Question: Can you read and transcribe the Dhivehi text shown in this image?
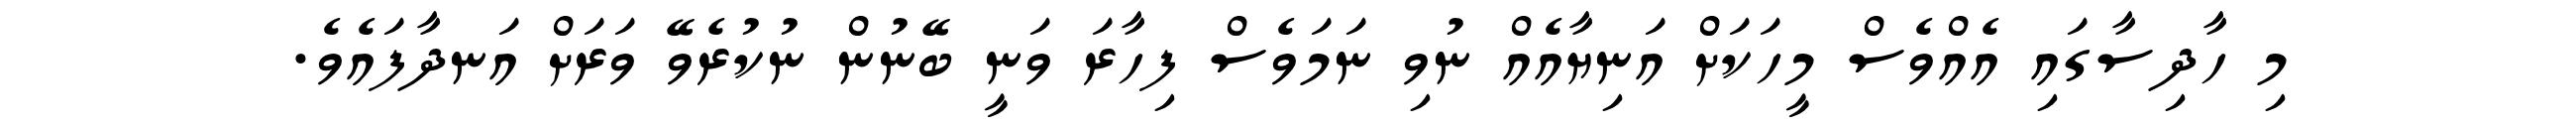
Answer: މި ހާދިސާގައި އެއްވެސް މީހަކަށް އަނިޔާއެއް ނުވި ނަމަވެސް ފިހާރަ ވަނީ ބޭނުން ނުކުރެވޭ ވަރަށް އަނދާފައެވެ.